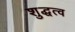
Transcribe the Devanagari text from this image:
शुद्धत्व